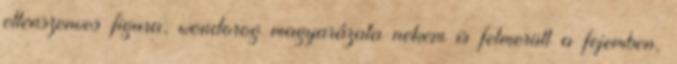
ellenszenves figura, wondorog magyarázata nekem is felmerült a fejemben,